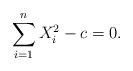
LaTeX: \begin{align*}\sum_{i=1}^{n} X_{i}^{2}-c=0.\end{align*}